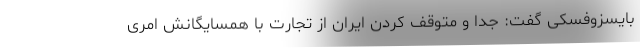
بایسزوفسکی گفت: جدا و متوقف کردن ایران از تجارت با همسایگانش امری